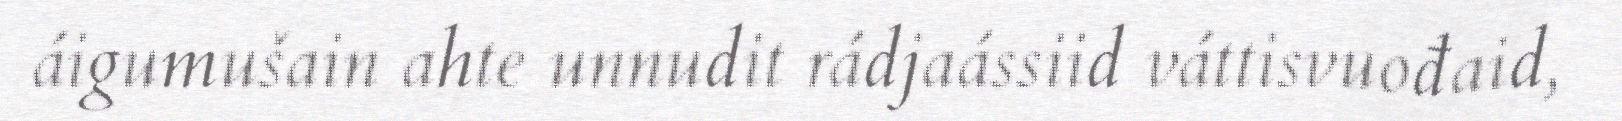
áigumušain ahte unnudit rádjaássiid váttisvuođaid,